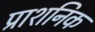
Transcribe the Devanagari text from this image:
प्राशनिक